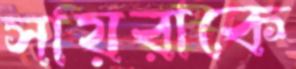
সায়রাকে